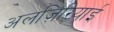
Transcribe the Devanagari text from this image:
अलज़िरियाई